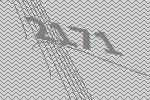
2171